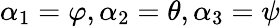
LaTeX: \alpha_{1}=\varphi,\alpha_{2}=\theta,\alpha_{3}=\psi